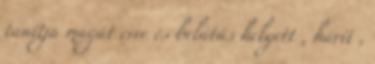
tanítja magát erre és belátás helyett , hárít ,